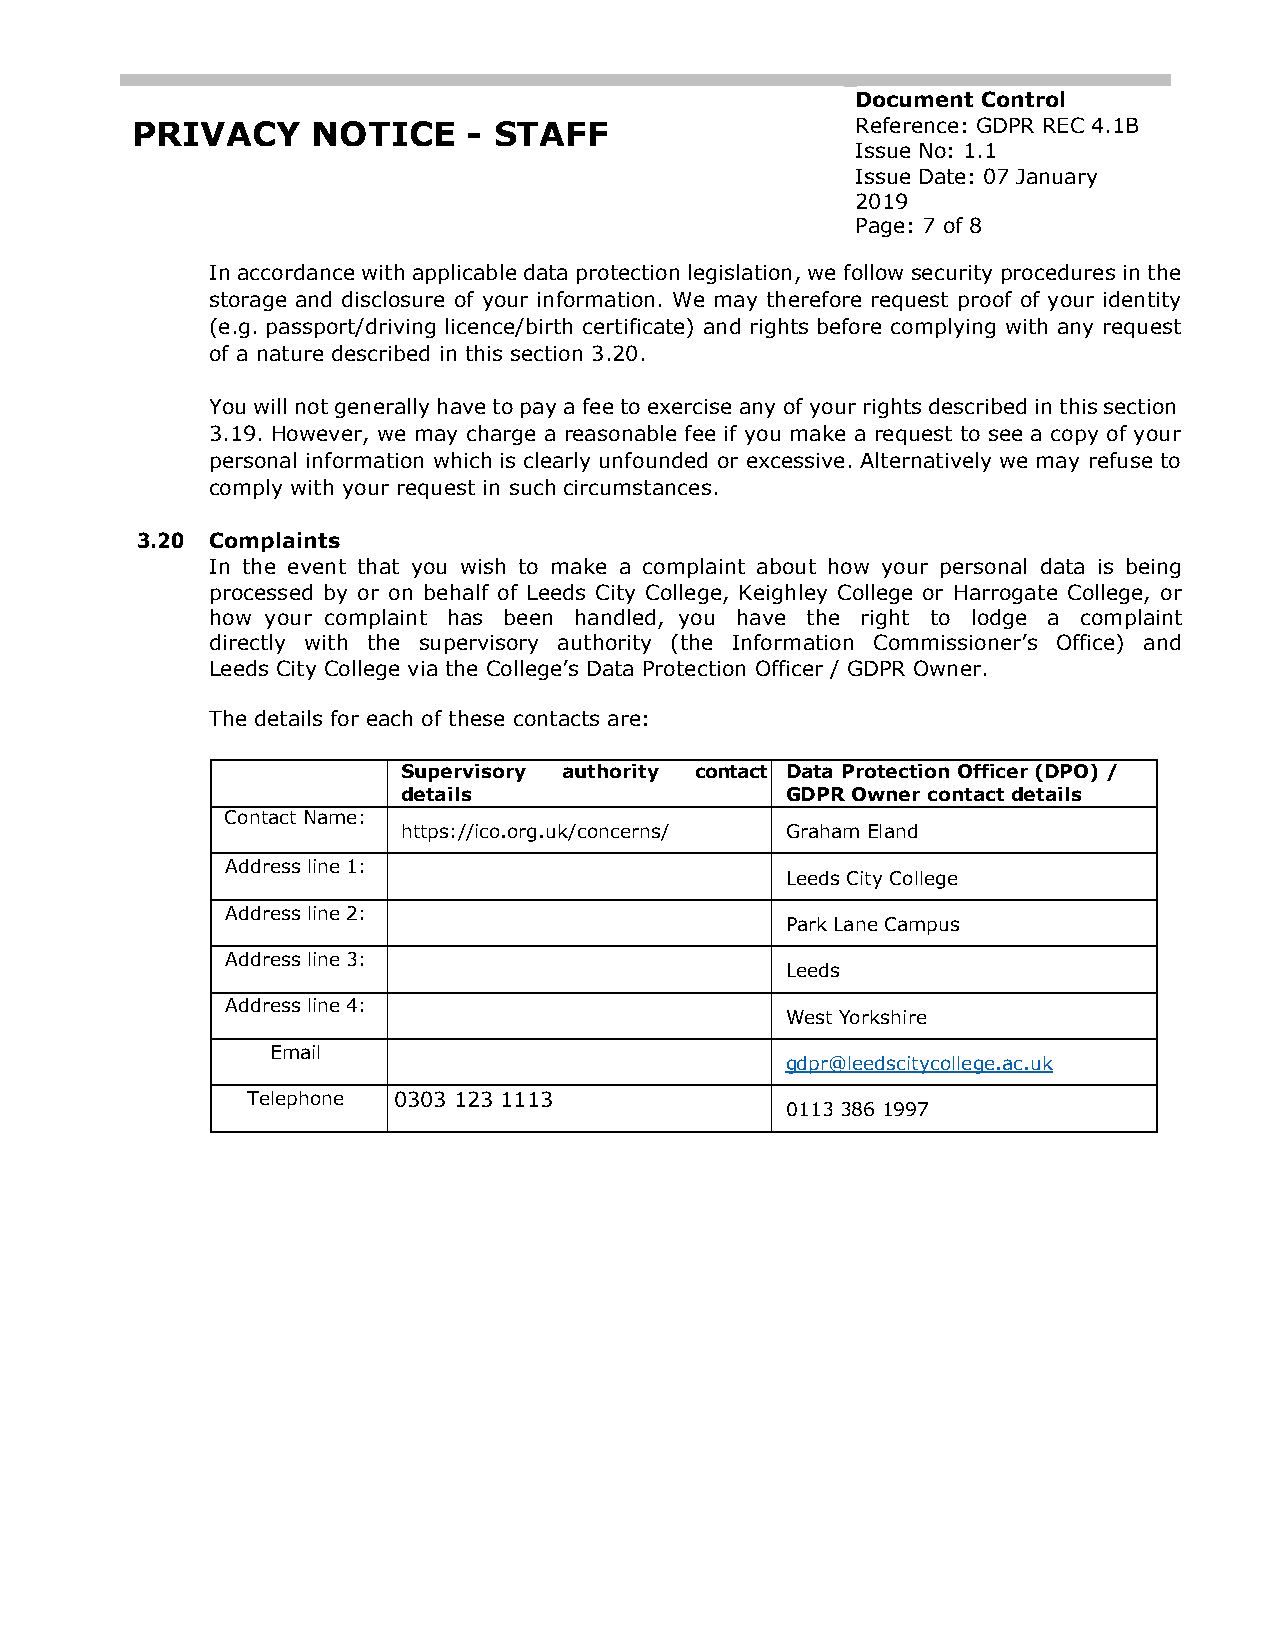
Document Control
 PRIVACY     NOTICE    - STAFF                   Reference: GDPR REC 4.1B
 Issue No: 1.1
 Issue Date: 07 January
 2019
 Page: 7 of 8
 In accordance with applicable data protection legislation, we follow security procedures in the
 storage and disclosure of your information. We may therefore request proof of your identity
 (e.g. passport/driving licence/birth certificate) and rights before complying with any request
 of a nature described in this section 3.20.
 You will not generally have to pay a fee to exercise any of your rights described in this section
 3.19. However, we may charge a reasonable fee if you make a request to see a copy of your
 personal information which is clearly unfounded or excessive. Alternatively we may refuse to
 comply with your request in such circumstances.
 3.20 Complaints
 In the event that you wish to make a complaint about how your personal data is being
 processed by or on behalf of Leeds City College, Keighley College or Harrogate College, or
 how your complaint has been handled, you have the right to lodge a complaint
 directly with the supervisory authority (the Information Commissioner’s Office) and
 Leeds City College via the College’s Data Protection Officer / GDPR Owner.
 The details for each of these contacts are:
 Supervisory authority contact Data Protection Officer (DPO) /
 details                  GDPR Owner contact details
 Contact Name:
 https://ico.org.uk/concerns/ Graham Eland
 Address line 1:
 Leeds City College
 Address line 2:
 Park Lane Campus
 Address line 3:
 Leeds
 Address line 4:
 West Yorkshire
 Email
 gdpr@leedscitycollege.ac.uk
 Telephone 0303 123 1113
 0113 386 1997